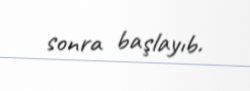
sonra başlayıb.